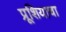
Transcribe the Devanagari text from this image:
प्रूशियाचा